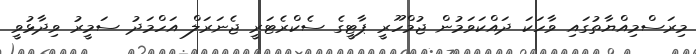
މިރަސްމިއްޔާތުގައި ވާހަކަ ދައްކަވަމުން ޖުމްހޫރީ ޕާޓީގެ ސެކްރެޓަރީ ޖެނަރަލް އަހްމަދު ސަމީރު ވިދާޅުވީ